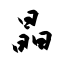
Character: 晶